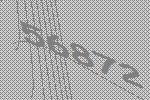
56872